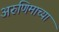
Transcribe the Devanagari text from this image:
अरुणिमाच्या